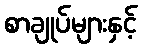
စာချုပ်များနှင့်